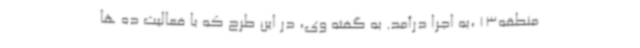
منطقه13 ،به اجرا درآمد. به گفته وی، در این طرح که با فعالیت ده ها